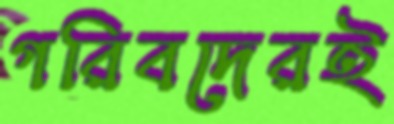
গরিবদেরই